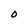
Character: 0